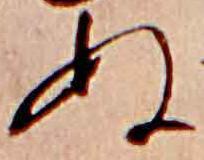
ぬ